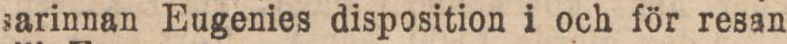
sarinnan Eugenies disposition i och för resan